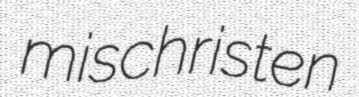
mischristen